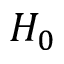
H _ { 0 }